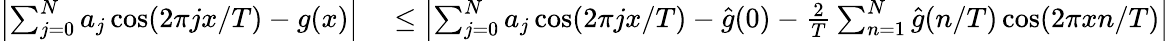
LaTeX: \begin{array}{rl}{\left|\sum_{j=0}^{N}a_{j}\cos(2\pi jx/T)-g(x)\right|}&{{}\le\left|\sum_{j=0}^{N}a_{j}\cos(2\pi jx/T)-\hat{g}(0)-\frac{2}{T}\sum_{n=1}^{N}\hat{g}(n/T)\cos(2\pi xn/T)\right|}\end{array}